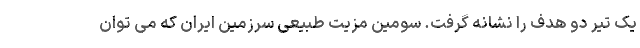
یک تیر دو هدف را نشانه گرفت. سومین مزیت طبیعی سرزمین ایران که می توان